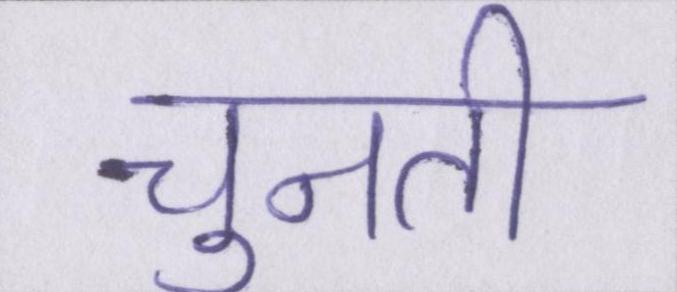
चुनती